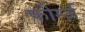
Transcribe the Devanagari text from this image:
फोर्म्ज़